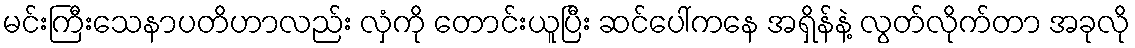
မင်းကြီးသေနာပတိဟာလည်း လှံကို တောင်းယူပြီး ဆင်ပေါ်ကနေ အရှိန်နဲ့ လွတ်လိုက်တာ အခုလို